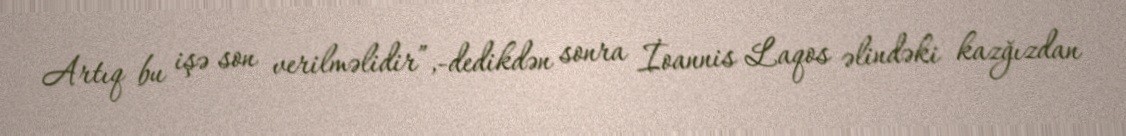
Artıq bu işə son verilməlidir”,-dedikdən sonra İoannis Laqos əlindəki kazğızdan